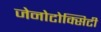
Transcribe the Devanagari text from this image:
जेनोटोक्सिटी